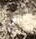
لم